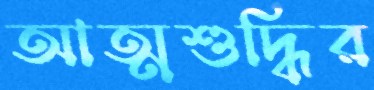
আত্মশুদ্ধির